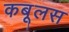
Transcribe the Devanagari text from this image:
कबूलस